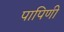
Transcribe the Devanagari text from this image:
पापिणी